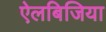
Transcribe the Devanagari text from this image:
ऐलबिजिया